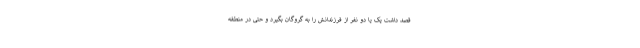
قصد داشت یک یا دو نفر از فرزندانش را به گروگان بگیرد و حتی در منطقه